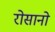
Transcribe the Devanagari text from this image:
रोसानो